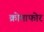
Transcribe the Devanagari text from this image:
क्रोमाफोर